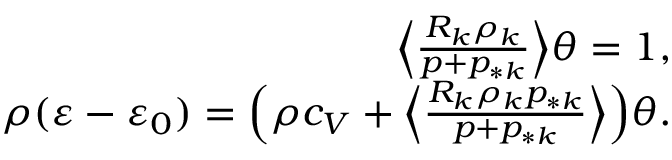
\begin{array} { r } { \Big \langle \frac { R _ { k } \rho _ { k } } { p + p _ { * k } } \Big \rangle \theta = 1 , } \\ { \rho ( \varepsilon - \varepsilon _ { 0 } ) = \Big ( \rho c _ { V } + \Big \langle \frac { R _ { k } \rho _ { k } p _ { * k } } { p + p _ { * k } } \Big \rangle \Big ) \theta . } \end{array}